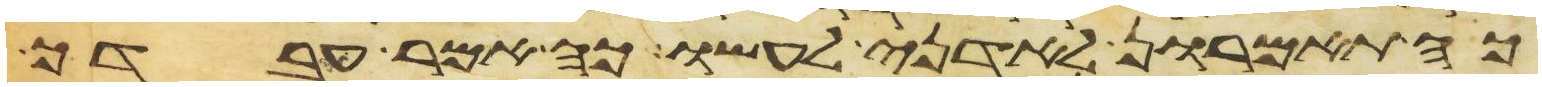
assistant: כה תאמרון לאדני לעשו כה אמר עבדך